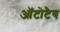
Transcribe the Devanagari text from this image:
ऑटोटैब